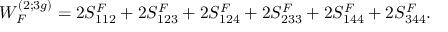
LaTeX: { \cal W } _ { F } ^ { ( 2 ; 3 g ) } = 2 S _ { 1 1 2 } ^ { F } + 2 S _ { 1 2 3 } ^ { F } + 2 S _ { 1 2 4 } ^ { F } + 2 S _ { 2 3 3 } ^ { F } + 2 S _ { 1 4 4 } ^ { F } + 2 S _ { 3 4 4 } ^ { F } .